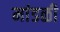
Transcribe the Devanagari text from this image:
मांडळी